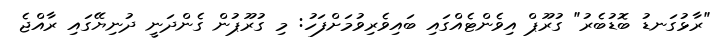
"ރާޅުގަނޑު ބޮޑުބެރު" ގުރޫޕް އިވެންޓެއްގައި ބައިވެރިވުމަށްފަހު: މި ގުރޫޕުން ގެންދަނީ ދުނިޔޭގައި ރާއްޖެ